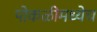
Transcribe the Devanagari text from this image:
पोकळीमध्येच